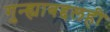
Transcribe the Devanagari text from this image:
गुन्ह्याबद्दलही